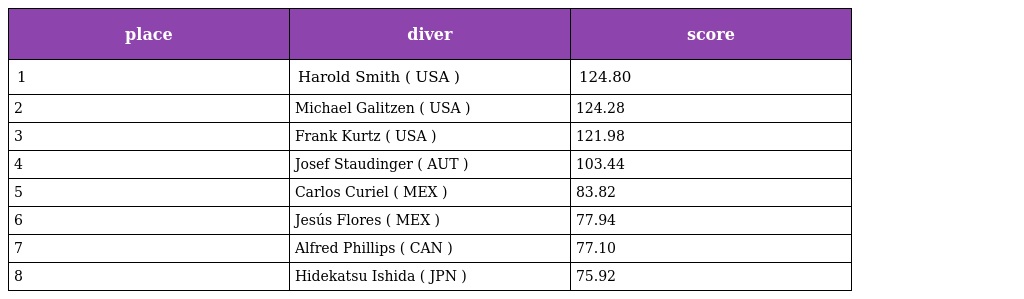
| place | diver | score |
 | --- | --- | --- |
 | 1 | Harold Smith ( USA ) | 124.80 |
 | 2 | Michael Galitzen ( USA ) | 124.28 |
 | 3 | Frank Kurtz ( USA ) | 121.98 |
 | 4 | Josef Staudinger ( AUT ) | 103.44 |
 | 5 | Carlos Curiel ( MEX ) | 83.82 |
 | 6 | Jesús Flores ( MEX ) | 77.94 |
 | 7 | Alfred Phillips ( CAN ) | 77.10 |
 | 8 | Hidekatsu Ishida ( JPN ) | 75.92 |